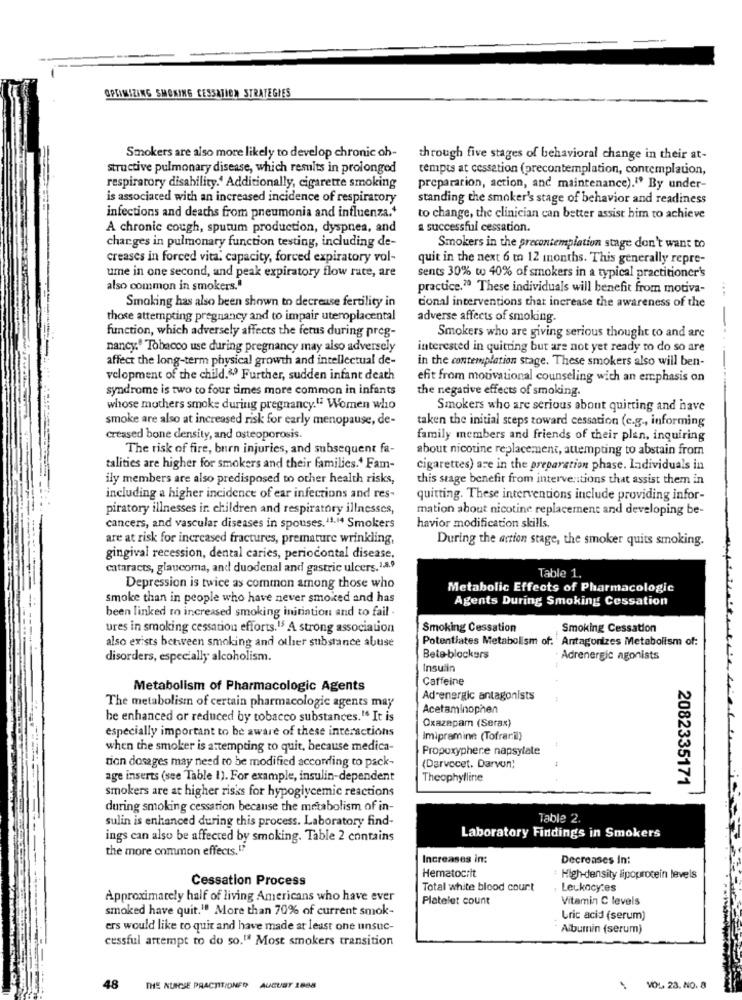
OPTIMIZING SMOKING CESSATION STRATEGIES
Smokers are also more likely to develop chronic oh-
through five stages of behavioral change in their at-
structive pulmonary disease, which results in prolonged
tempts at cessation (precontemplation, contemplation,
respiratory disability. Additionally, cigarette smoking
preparation, action, and maintenance)."" By under-
is associated with an increased incidence of respiratory
standing the smoker's stage of behavior and readiness
infections and deaths from pneumonia and influenza.'
to change, the clinician can better assist him to achieve
A chronic cough, sputum production, dyspnea, and
a successful cessation.
charges in pulmonary function testing, including de-
Smokers in the precontemplation stage don't want to
creases in forced vita. capacity, forced expiratory vol-
quit in the next 6 to 12 months. This generally repre-
ume in one second, and peak expiratory flow rate, are
sents 30% to 40% of smokers in a typical practitioner's
also common in smokers."
practice.70 These individuals will benefit from motiva-
Smoking has also been shown to decrease fertility in
cional interventions that increase the awareness of the
those attempting pregnancy and to impair uteroplacental
adverse affects of smoking.
function, which adversely affects the fetus during preg-
Smokers who are giving serious thought to and are
nancy." Tobacco use during pregnancy may also adversely
interested in quitting but are not yet ready to do so are
affect the long-term physical growth and intellectual de-
in the contemplation stage. These smokers also will ben-
velopment of the child.2 .? Further, sudden infant death
efit from motivational counseling with an emphasis on
syndrome is two to four times more common in infants
the negative effects of smoking.
whose mothers smoke during pregnancy." Women who
Smokers who are serious about quitting and have
smoke are also at increased risk for early menopause, de-
taken the initial steps toward cessation (e.g ., informing
creased bone density, and osteoporosis.
family members and friends of their plan, inquiring
The risk of fire, burn injuries, and subsequent fa-
about nicotine replacement, attempting to abstain from
talities are higher for smokers and their families.' Fam-
cigarettes) are in the preparation phase. Individuals in
ily members are also predisposed to other health risks,
this stage benefit from interventions that assist them in
including a higher incidence of ear infections and res-
quitting. These interventions include providing infor-
piratory illnesses ir children and respiratory illnesses,
mation about nicotine replacement and developing be-
cancers, and vascular diseases in spouses."1.14 Smokers
havior modification skills.
are at risk for increased fractures, premature wrinkling,
During the action stage, the smoker quits smoking.
gingival recession, dental caries, periodontal disease,
cataracts, glaucoma, and duodenal and gastric ulcers. 1.8.9
Table 1.
Depression is twice as common among those who
Metabolic Effects of Pharmacologic
smoke than in people who have never smoked and has
Agents During Smoking Cessation
been linked to increased smoking initiation and to fail .
ures in smoking cessation efforts.15 A strong association
Smoking Cessation
Smoking Cessation
also exists between smoking and other substance abuse
Potentiates Metabolism of. Antagonizes Metabolism of:
disorders, especially alcoholism.
Beta-blockers
Adrenergic agonists
Insulin
Caffeine
Metabolism of Pharmacologic Agents
Ad-energic antagonists
The metabolism of certain pharmacologic agents may
Acetaminophen
be enhanced or reduced by tobacco substances.1. It is
especially important to be aware of these interactions
Oxazepam (Serax)
Imipramine (Tofranil)
when the smoker is attempting to quit, because medica-
Propoxyphere napsylate
tion dosages may need to be modified according to pack-
(Darvocet. Darvon)
age inserts (see Table 1). For example, insulin-dependent
Theophylline
smokers are at higher risks for hypoglycemic reactions
2082335171
during smoking cessation because the metabolism of in-
sulin is enhanced during this process. Laboratory find-
Table 2.
ings can also be affected by smoking. Table 2 contains
Laboratory Findings in Smokers
the more common effects."
Increases in:
Decreases In:
Hematocrit
Cessation Process
: High-density lipoprotein levels
Total white blood court
: Leukocy:es
Approximately half of living Americans who have ever
Platelet count
Vitamin C levels
smoked have quit.10 More than 70% of current smok-
Uric acid (serum)
ers would like to quit and have made at least one unsuc-
Albumin (serum)
cessful attempt to do so."ª Most smokers transition
48
THE NURSE PRACTITIONER
AUGUST 1888
VOL. 23. NO. 8